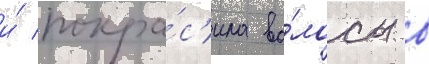
и́ покра́с'ила во́лосы в